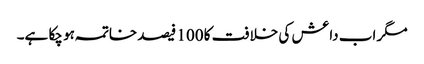
مگر اب داعش کی خلافت کا 100 فیصد خاتمہ ہو چکا ہے۔